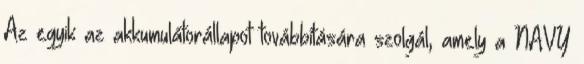
Az egyik az akkumulátorállapot továbbítására szolgál, amely a NAVY